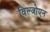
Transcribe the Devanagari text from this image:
विल्जोएन